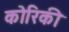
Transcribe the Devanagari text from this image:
कोरिकी